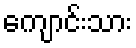
ကျောင်းသား